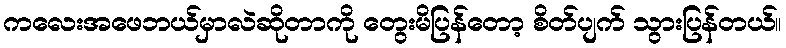
ကလေးအဖေဘယ်မှာလဲဆိုတာကို တွေးမိပြန်တော့ စိတ်ပျက် သွားပြန်တယ်။